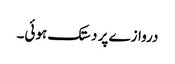
دروازے پر دستک ہوئی۔